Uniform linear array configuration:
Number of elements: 12
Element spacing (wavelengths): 0.5
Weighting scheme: blackman
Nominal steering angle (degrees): -15
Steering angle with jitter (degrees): -14.799
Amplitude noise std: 0.05
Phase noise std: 0.05

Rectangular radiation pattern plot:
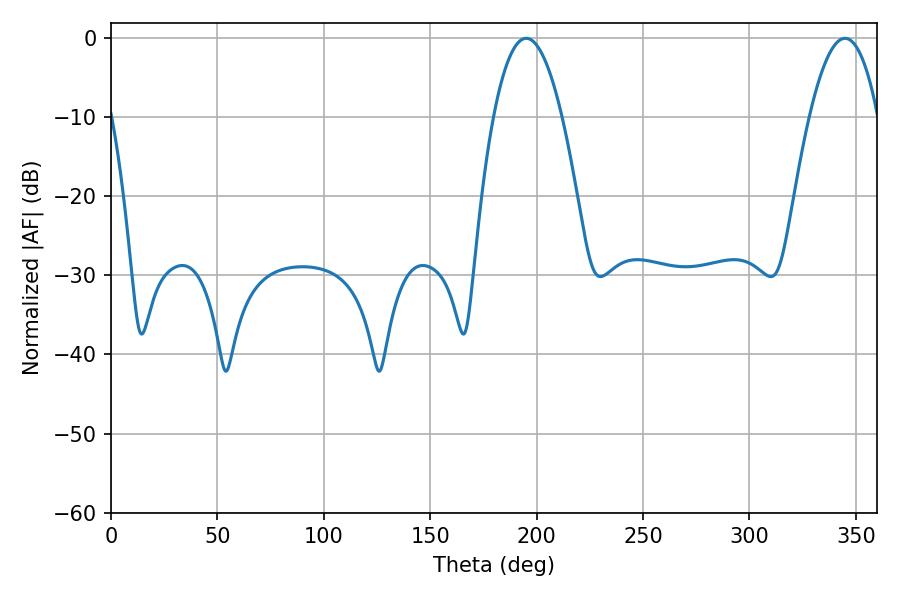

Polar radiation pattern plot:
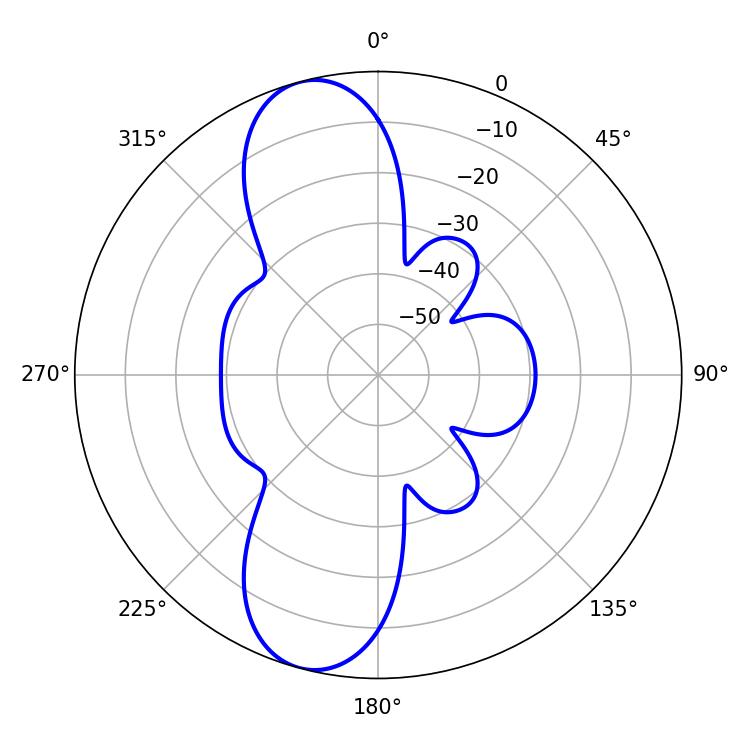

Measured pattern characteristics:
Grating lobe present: FALSE
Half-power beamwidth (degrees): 17.64
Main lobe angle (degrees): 195.12